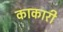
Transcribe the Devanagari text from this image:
काकारी